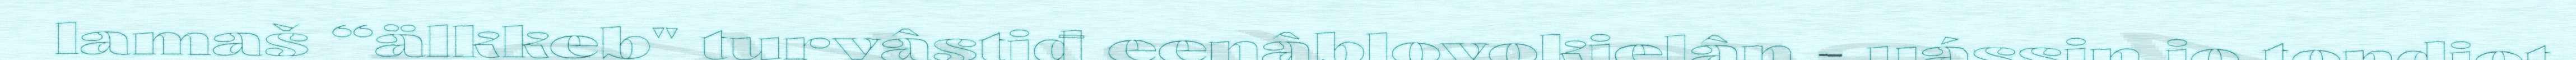
lamaš “älkkeb" turvâstiđ eenâblovokielân - uássin jo tondiet,